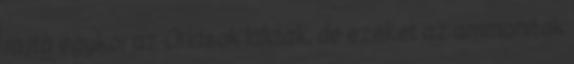
rajta egykor az Óriások laktak, de ezeket az ammoniták